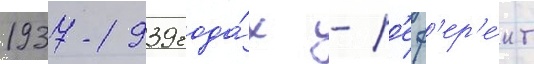
1937-1939 года́х - р'еф'ер'е́нт